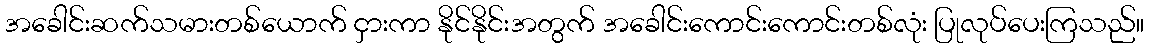
အခေါင်းဆက်သမားတစ်ယောက် ငှားကာ နိုင်နိုင်းအတွက် အခေါင်းကောင်းကောင်းတစ်လုံး ပြုလုပ်ပေးကြသည်။